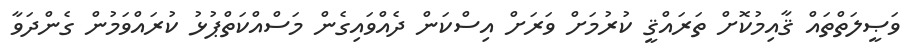
ވަޞީލަތްތައް ޤާއިމުކޮށް ތަރައްޤީ ކުރުމަށް ވަރަށް އިސްކަން ދެއްވައިގެން މަސްއްކަތްޕުޅު ކުރައްވަމުން ގެންދަވާ